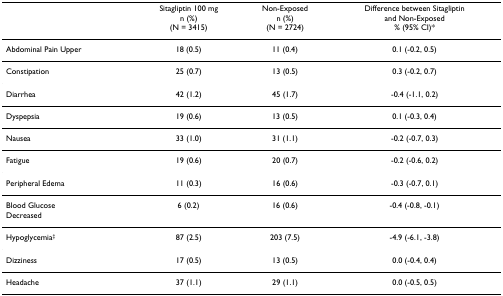
<table><thead><tr><td></td><td><b>Sitagliptin 100 mgn (%)(N = 3415)</b></td><td><b>Non-Exposedn (%)(N = 2724)</b></td><td><b>Difference between Sitagliptin and Non-Exposed% (95% CI)*</b></td></tr></thead><tbody><tr><td>Abdominal Pain Upper</td><td>18 (0.5)</td><td>11 (0.4)</td><td>0.1 (-0.2, 0.5)</td></tr><tr><td>Constipation</td><td>25 (0.7)</td><td>13 (0.5)</td><td>0.3 (-0.2, 0.7)</td></tr><tr><td>Diarrhea</td><td>42 (1.2)</td><td>45 (1.7)</td><td>-0.4 (-1.1, 0.2)</td></tr><tr><td>Dyspepsia</td><td>19 (0.6)</td><td>13 (0.5)</td><td>0.1 (-0.3, 0.4)</td></tr><tr><td>Nausea</td><td>33 (1.0)</td><td>31 (1.1)</td><td>-0.2 (-0.7, 0.3)</td></tr><tr><td>Fatigue</td><td>19 (0.6)</td><td>20 (0.7)</td><td>-0.2 (-0.6, 0.2)</td></tr><tr><td>Peripheral Edema</td><td>11 (0.3)</td><td>16 (0.6)</td><td>-0.3 (-0.7, 0.1)</td></tr><tr><td>Blood Glucose</td><td>6 (0.2)</td><td>16 (0.6)</td><td>-0.4 (-0.8, -0.1)</td></tr><tr><td>Decreased</td><td></td><td></td><td></td></tr><tr><td>Hypoglycemia<sup>‡</sup></td><td>87 (2.5)</td><td>203 (7.5)</td><td>-4.9 (-6.1, -3.8)</td></tr><tr><td>Dizziness</td><td>17 (0.5)</td><td>13 (0.5)</td><td>0.0 (-0.4, 0.4)</td></tr><tr><td>Headache</td><td>37 (1.1)</td><td>29 (1.1)</td><td>0.0 (-0.5, 0.5)</td></tr></tbody></table>